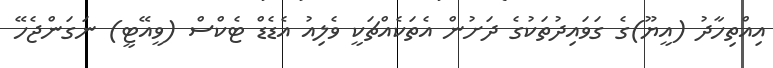
އިއްތިހާދު (އީޔޫ)ގެ ގަވައިދުތަކުގެ ދަށުން އެތަކެއްޗަކީ ވެލިއު އެޑެޑް ޓެކްސް (ވީއޭޓީ) ނަގަންޖެހޭ